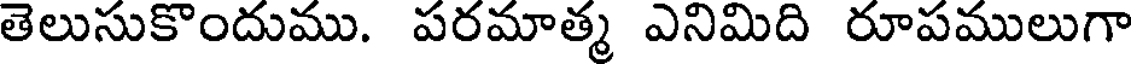
తెలుసుకొందుము. పరమాత్మ ఎనిమిది రూపములుగా